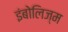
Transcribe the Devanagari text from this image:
इंबोलिज्म